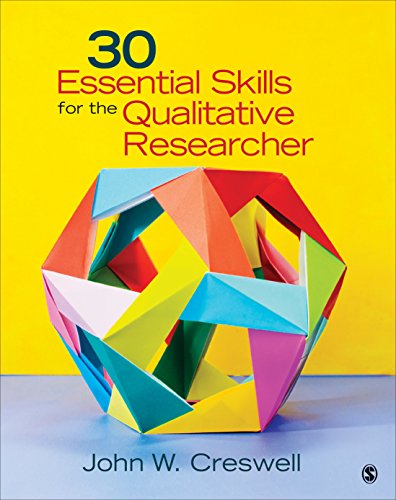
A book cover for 30 Essential Skills for the Qualitative Researcher; John W. Creswell; Science & Math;